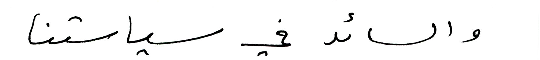
والسائد في سياستنا